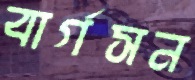
বার্গসন